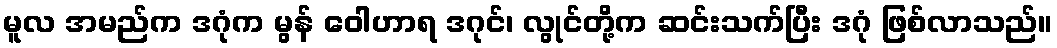
မူလ အမည်က ဒဂုံက မွန် ဝေါဟာရ ဒဂုင်၊ လွုင်တို့က ဆင်းသက်ပြီး ဒဂုံ ဖြစ်လာသည်။